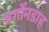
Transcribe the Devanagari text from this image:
अर्गोनडाह